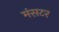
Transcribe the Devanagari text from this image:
मंसटर